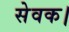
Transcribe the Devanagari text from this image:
सेवक।